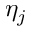
\eta _ { j }